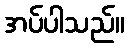
အပ်ပါသည်။